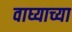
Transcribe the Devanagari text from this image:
वाघ्याच्या